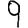
Digit: 9